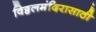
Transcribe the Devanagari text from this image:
विठ्ठलमंदिरासाठी